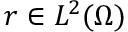
r \in L ^ { 2 } ( \Omega )